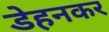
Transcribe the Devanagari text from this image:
डेहनकर